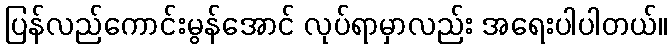
ပြန်လည်ကောင်းမွန်အောင် လုပ်ရာမှာလည်း အရေးပါပါတယ်။